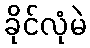
ခိုင်လုံမဲ